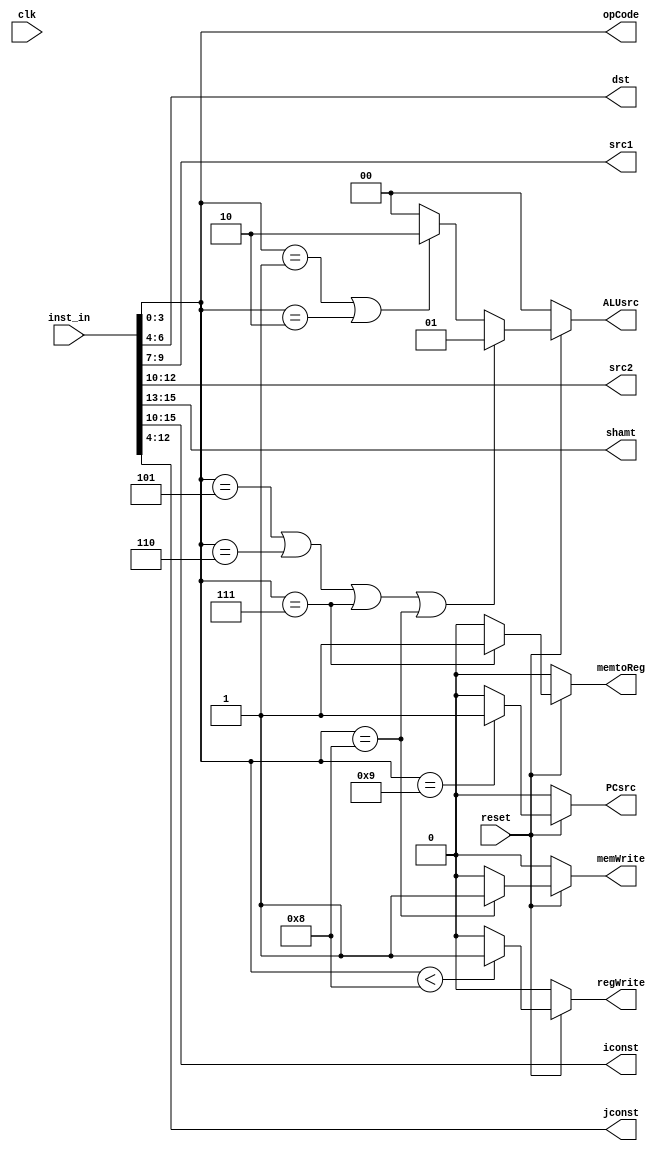
module Control_Unit(clk, reset, inst_in, opCode, dst, src1, src2, shamt, iconst, jconst, regWrite, memWrite, PCsrc, memtoReg, ALUsrc);

input					clk, reset;
input		[15 : 0]	inst_in;
output		[3  : 0]	opCode;
output		[5  : 0]	iconst; 
output		[8  : 0]	jconst;

output		[2  : 0]	dst, src1, src2, shamt;
output	reg				regWrite, memWrite, PCsrc, memtoReg;  
output	reg	[1  : 0]	ALUsrc;  

// Bit Slicing / Decoding
assign	opCode	=	inst_in	[3  :  0];
assign	dst		=	inst_in	[6  :  4];
assign	src1	=	inst_in	[9  :  7];
assign	src2	=	inst_in	[12 : 10];
assign	shamt	=	inst_in	[15 : 13];
assign	iconst	=	inst_in	[15 : 10];
assign	jconst	=	inst_in	[12 :  4];

// Assigning of Values to Control Signals
always@(*) begin
    if (reset == 0) begin
        regWrite	= 0;
        memWrite	= 0;
        PCsrc		= 0;
        memtoReg	= 0;
		ALUsrc		= 0;
    end //end of if (reset == 0)
    else begin //main else
    //regWrite
        if (opCode < 4'b 1000)
            regWrite = 1'b 1;
        else
            regWrite = 1'b 0;
    //memWrite
        if (opCode == 4'b 1000)
            memWrite = 1'b 1;
        else
            memWrite = 1'b 0;
    //PCsrc
        if (opCode == 4'b 1001)
            PCsrc = 1'b 1;
        else
            PCsrc = 1'b 0;
    //memtoReg
        if (opCode == 4'b 0111)
            memtoReg = 1'b 1;
        else
            memtoReg = 1'b 0;   
	//ALUsrc
		if (opCode == 4'b 0101 || opCode == 4'b 0110 || opCode == 4'b 0111 || opCode == 4'b 1000)
			ALUsrc = 2'b 01;
		else if (opCode == 4'b 0001 || opCode == 4'b 0010)
			ALUsrc = 2'b 10;
		else
			ALUsrc = 2'b 00;
    end //end of main else()
end
endmodule